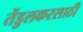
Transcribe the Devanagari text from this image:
तेंडुलकरसाठी